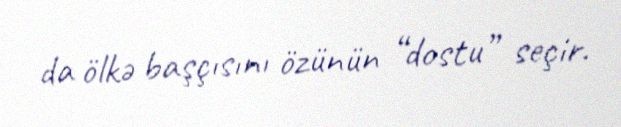
da ölkə başçısını özünün “dostu” seçir.